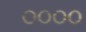
૦૦૦૦